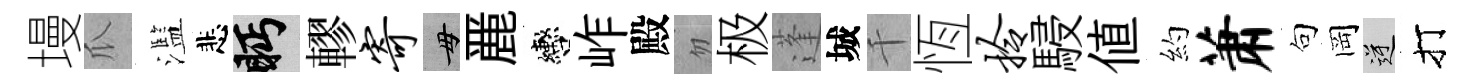
墁瓜濫悲眄轇寄毋䴡轡岞殿忽极蓬城千恆拎駸値約萧句岡逆打